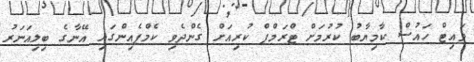
ވައިޓް ހައުސް ކާމިޔާބު ކުރުމަށް ޓްރަމްޕް ކުރިއަށް ގެންދެވި ކެމްޕެއިންގައި އޭނާގެ ބިލިއަނަރު